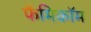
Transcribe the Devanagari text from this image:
फैमिकॉम